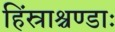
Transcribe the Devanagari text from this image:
हिंस्राश्चण्डाः